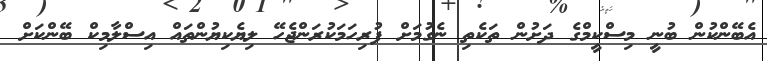
އެބޭންކުން ބުނީ މިސްކީމްގެ ދަށުން ތަކެތި ނެގުމަށް ފުރިހަމަކުރަންޖެހޭ ލިޔެކިޔުންތައް އިސްލާމިކް ބޭންކަށް